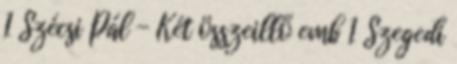
1 Szécsi Pál - Két összeillő emb 1 Szegedi